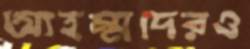
আহম্মদেরও